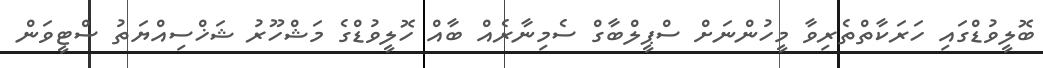
ބޮލީވުޑްގައި ހަރަކާތްތެރިވާ މީހުންނަށް ސްޕީލްބާގް ސެމިނާރެއް ބާއް ހޮލީވުޑްގެ މަޝްހޫރު ޝަޚްސިއްޔަތު ސްޓީވަން